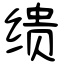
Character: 缋